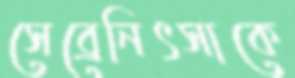
সেব্রেনিৎসাকে